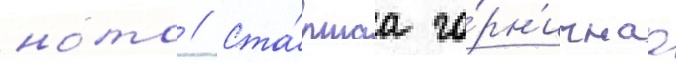
ното // Ста́ршаа го́рн'ичнаа